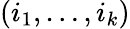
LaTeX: (i_{1},\dots,i_{k})